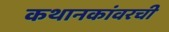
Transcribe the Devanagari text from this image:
कथानकांवरची